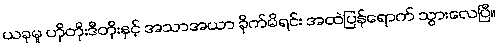
ယခုမူ ဟိုတိုးဒီတိုးနှင့် အသာအယာ ခိုက်မိရင်း အထဲပြန်ရောက် သွားလေပြီ။